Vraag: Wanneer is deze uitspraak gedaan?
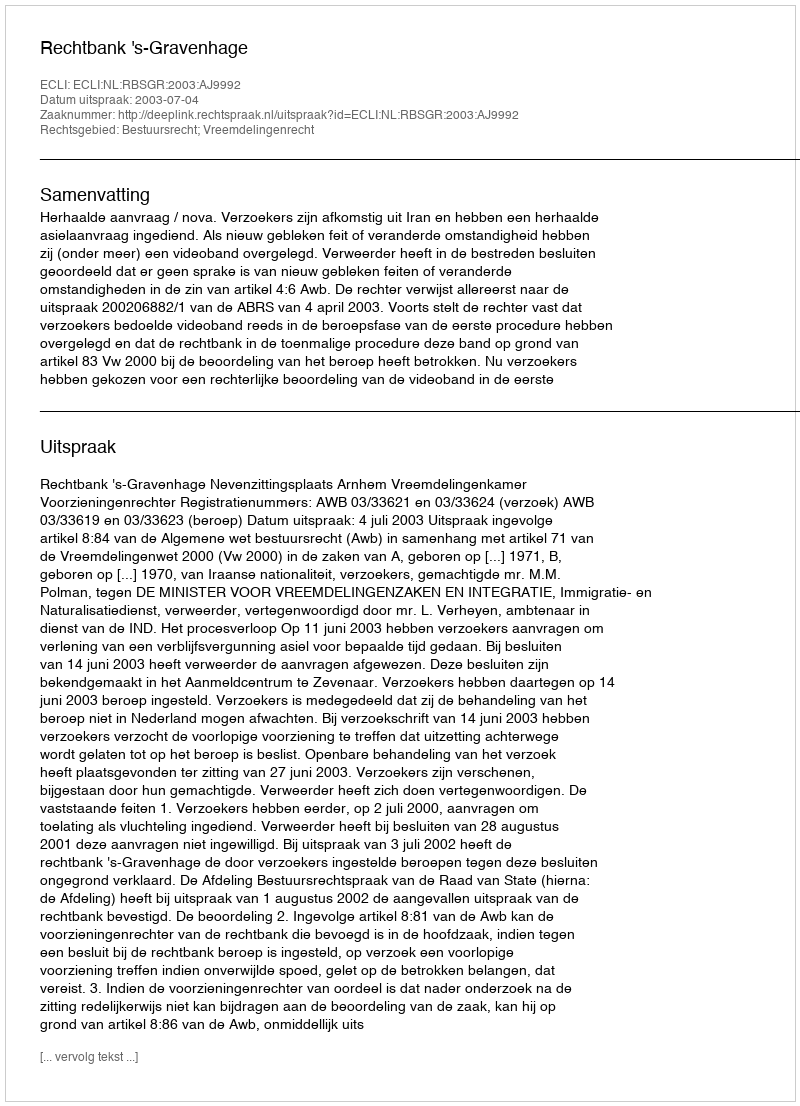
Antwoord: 2003-07-04